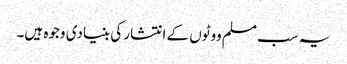
یہ سب مسلم ووٹوں کے انتشار کی بنیادی وجوہ ہیں۔